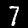
Label: 7